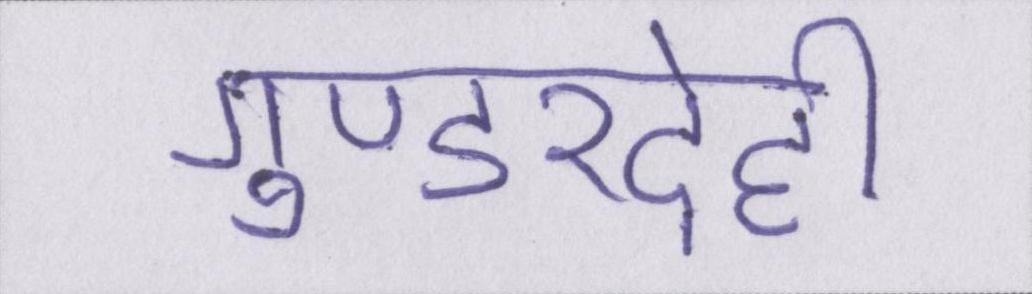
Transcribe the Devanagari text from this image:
गुण्डरदेही